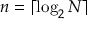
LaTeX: n = \lceil \log _ { 2 } N \rceil